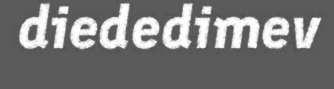
diededimev